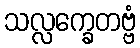
သလ္လက္ခေတဗ္ဗံ